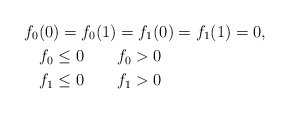
\begin{align*}f_0(0)=f_0(1) & = f_1(0) =f_1(1)=0, \\ f_0\le 0 \qquad& f_0>0 \\ f_1\le 0 \qquad& f_1>0 \end{align*}